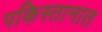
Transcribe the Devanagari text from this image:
पकिस्तानात